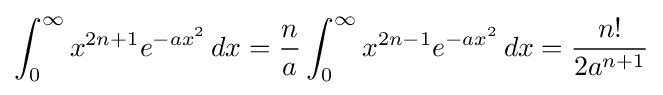
\int _{0}^{\infty }x^{2n+1}e^{-ax^{2}}\,dx={\frac {n}{a}}\int _{0}^{\infty }x^{2n-1}e^{-ax^{2}}\,dx={\frac {n!}{2a^{n+1}}}